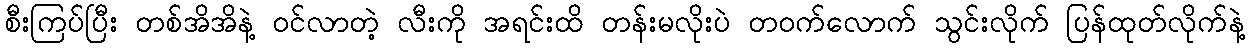
စီးကြပ်ပြီး တစ်အိအိနဲ့ ဝင်လာတဲ့ လီးကို အရင်းထိ တန်းမလိုးပဲ တဝက်လောက် သွင်းလိုက် ပြန်ထုတ်လိုက်နဲ့